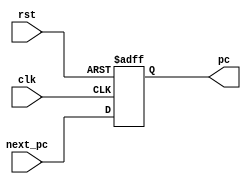
`timescale 1ns / 1ps
//////////////////////////////////////////////////////////////////////////////////
// Company: 
// Engineer: 
// 
// Design Name: 
// Module Name: pc
// Project Name: 
// Target Devices: 
// Tool Versions: 
// Description: 
// 
// Dependencies: 
// 
// Revision:
// Revision 0.01 - File Created
// Additional Comments:
// 
//////////////////////////////////////////////////////////////////////////////////


module pc_reg(
    input clk,
    input rst,
    input [31:0]next_pc,
    output reg [31:0]pc
    );
    
    always @ (posedge clk or posedge rst) begin
        if(rst) pc = 0;
        else pc = next_pc;
    end
    
endmodule